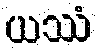
ယဿံ